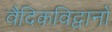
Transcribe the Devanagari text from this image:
वैदिकविद्वानों